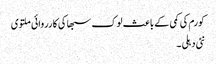
کورم کی کمی کے باعث لوک سبھا کی کارروائی ملتوی
نئی دہلی ۔